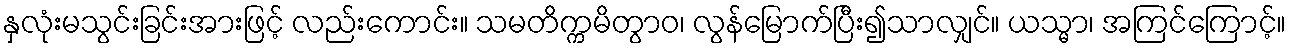
နှလုံးမသွင်းခြင်းအားဖြင့် လည်းကောင်း။ သမတိက္ကမိတွာဝ၊ လွန်မြောက်ပြီး၍သာလျှင်။ ယသ္မာ၊ အကြင်ကြောင့်။